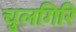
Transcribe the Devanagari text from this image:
चुलगिरि